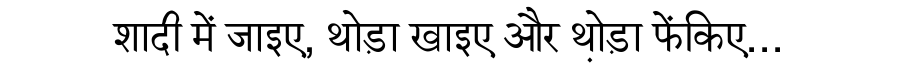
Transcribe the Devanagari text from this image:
शादी में जाइए, थोड़ा खाइए और थो़ड़ा फेंकिए...